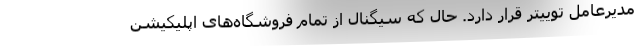
مدیرعامل توییتر قرار دارد. حال که سیگنال از تمام فروشگاه‌های اپلیکیشن